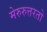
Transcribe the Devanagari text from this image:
मेरुरुत्तरतो